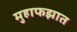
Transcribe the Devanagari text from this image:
मुहाफझात